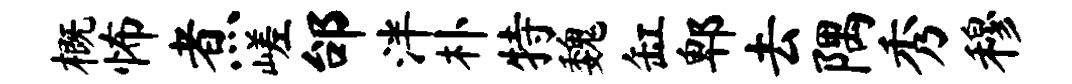
概怖煮嵯邰泮朴特魏缸郫去隅秀穆